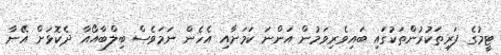
ޓީމުގެ ފަރިތަކުރުންތަކުގައި ބައިވެރިވަމުން އަންނަ ކަމަށާއި އެހެން ނަމަވެސް ބިލްބާއޯއާ ދެކޮޅަށް އޭނާ